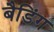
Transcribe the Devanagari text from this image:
बैडिंग